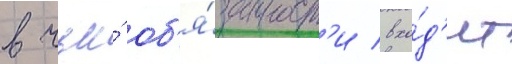
в чьи́ об'я́занност'и вхо́д'ит